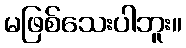
မဖြစ်သေးပါဘူး။